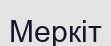
Меркіт